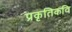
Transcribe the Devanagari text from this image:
प्रकृतिकवि